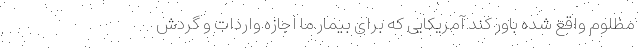
مظلوم واقع شده باور کند آمریکایی که برای بیمار ما اجازه واردات و گردش